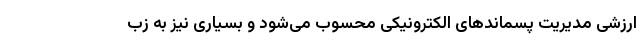
ارزشی مدیریت پسماندهای الکترونیکی محسوب می‌شود و بسیاری نیز به زب